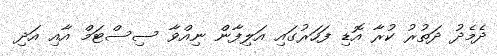
ދެމެދު ދަތުރު ކުރާ އޮޑި ފަހަރުގައި އަލިފާން ނިއްވާ ސިސްޓަމް އާއި އަދި